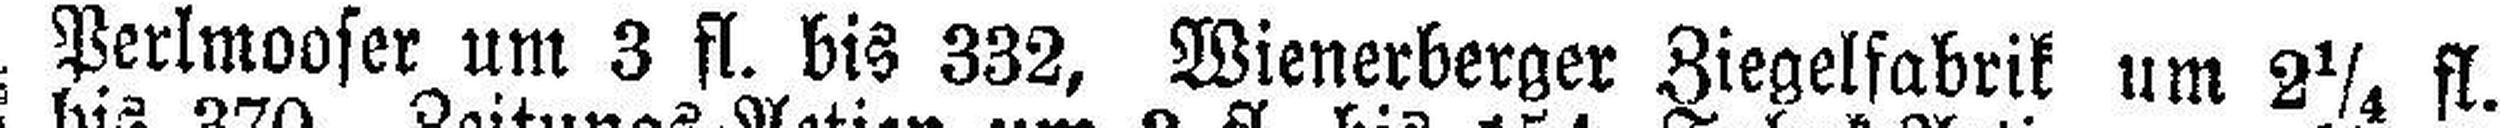
Perlmooser um 3 fl. bis 332, Wienerberger Ziegelfabrik um 2¼ fl.